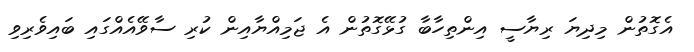
އެގޮތުން މިދިޔަ ރިޔާސީ އިންތިހާބާ ގުޅޭގޮތުން އެ ޖަމިއްޔާއިން ކުރި ސާވޭއެއްގައި ބައިވެރިވި